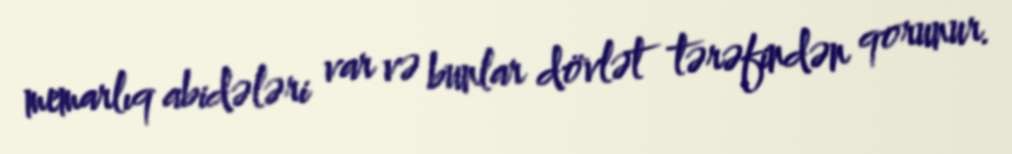
memarlıq abidələri var və bunlar dövlət tərəfindən qorunur.